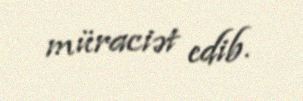
müraciət edib.